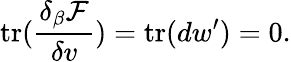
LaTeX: \mathrm{tr}(\frac{\delta_{\beta}\mathcal{F}}{\delta v})=\mathrm{tr}(dw^{\prime})=0.